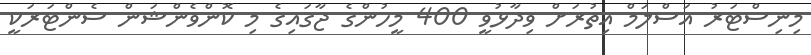
މިނިސްޓަރު އަސްލަމް އިތުރަށް ވިދާޅުވީ 400 މީހުންގެ ޖާގައިގެ މި ކޮންވެންޝަން ސެންޓަރަކީ